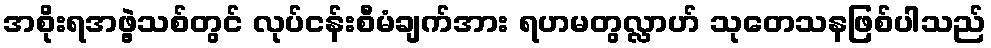
အစိုးရအဖွဲ့သစ်တွင် လုပ်ငန်းစီမံချက်အား ရဟမတွလ္လာဟ် သုတေသနဖြစ်ပါသည်